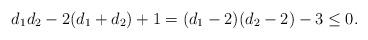
LaTeX: \begin{align*}d_1d_2-2(d_1+d_2)+1=(d_1-2)(d_2-2)-3 \leq 0.\end{align*}